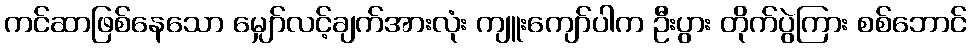
ကင်ဆာဖြစ်နေသော မျှော်လင့်ချက်အားလုံး ကျူးကျော်ပါက ဦးပွား တိုက်ပွဲကြား စစ်ဘောင်